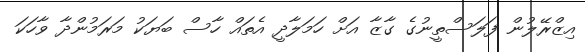
އިޒްރޭލުން ފަލަސްތީނުގެ ގާޒާ އަށް ހަމަލާދީ އެތައް ހާސް ބަޔަކު މަރަމުންދާ ވާހަކަ